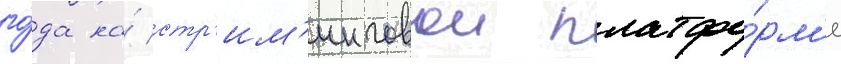
го́да на́ стр'им'инговои платфо́рм'е